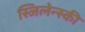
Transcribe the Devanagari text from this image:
स्जिलेन्स्की